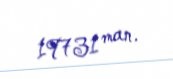
19731 man.